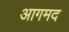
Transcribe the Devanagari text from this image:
आगमद